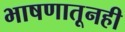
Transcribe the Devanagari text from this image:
भाषणातूनही